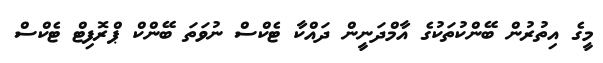
މީގެ އިތުރުން ބޭންކުތަކުގެ އާމްދަނީން ދައްކާ ޓެކްސް ނުވަތަ ބޭންކް ޕްރޮފިޓް ޓެކްސް